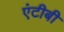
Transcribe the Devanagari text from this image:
एंटीबी